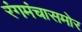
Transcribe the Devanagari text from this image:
रंगमंचासमोर